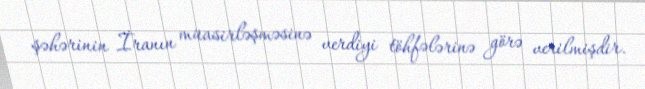
şəhərinin İranın müasirləşməsinə verdiyi töhfələrinə görə verilmişdir.